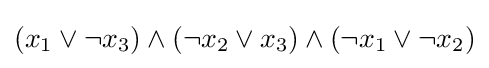
(x_{1}\vee \neg x_{3})\wedge (\neg x_{2}\vee x_{3})\wedge (\neg x_{1}\vee \neg x_{2})